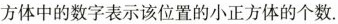
方体中的数字表示该位置的小正方体的个数.